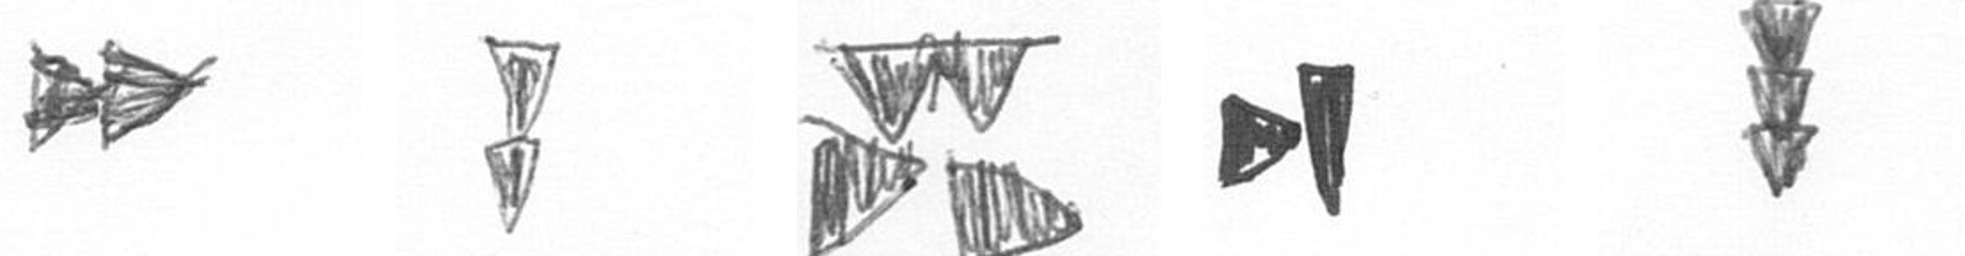
A Z B M E